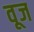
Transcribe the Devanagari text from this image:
वूज